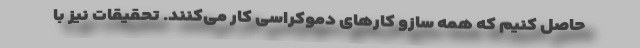
حاصل کنیم که همه سازو کارهای دموکراسی کار می‌کنند. تحقیقات نیز با